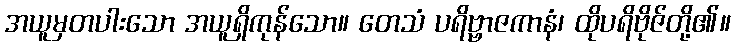
အယူမှတပါးသော အယူရှိကုန်သော။ တေသံ ပရိဗ္ဗာဇကာနံ၊ ထိုပရိဗိုဇ်တို့၏။